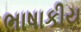
ભાષાકીય